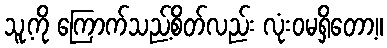
သူ့ကို ကြောက်သည့်စိတ်လည်း လုံးဝမရှိတော့။